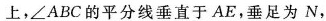
上，∠ABC的平分线垂直于AE，垂足为N，